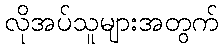
လိုအပ်သူများအတွက်